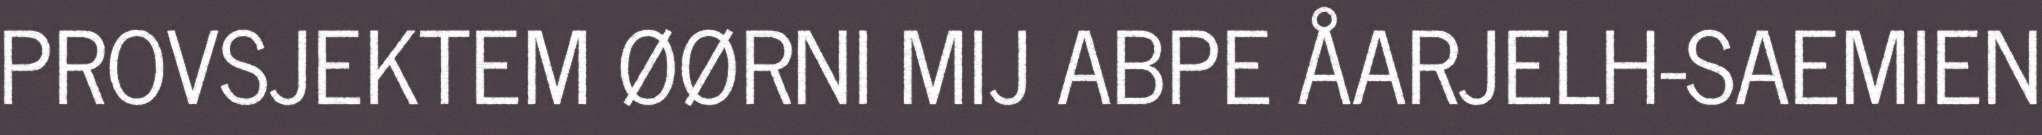
PROVSJEKTEM ØØRNI MIJ ABPE ÅARJELH-SAEMIEN